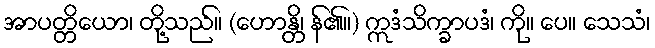
အာပတ္တိယော၊ တို့သည်။ (ဟောန္တိ၊ န်၏။) ဣဒံသိက္ခာပဒံ၊ ကို။ ပေ။ သေသံ၊